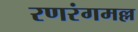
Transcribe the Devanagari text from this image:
रणरंगमल्ल